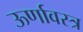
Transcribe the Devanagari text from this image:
ऊर्णावस्त्र